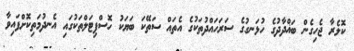
ކޮލެރާ ޖެހިގެން ބަޣްދާދުގެ ހުޅަނގުގެ ސަރަހައްދުތަކުގެ އެތައް ސަތޭކަ ބަޔަކު ހޮސްޕިޓަލްތަކުގައި އެނދުމަތިކޮށްފައިވާ